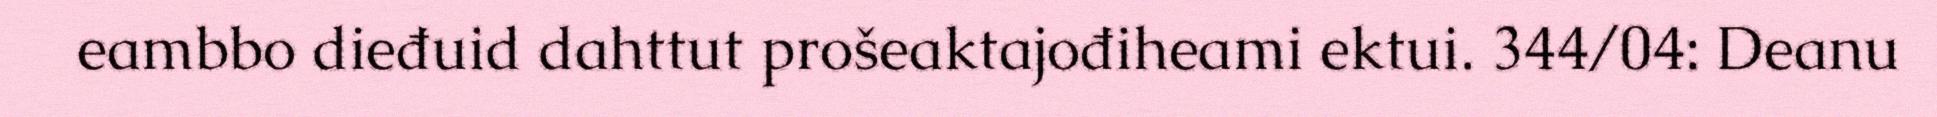
eambbo dieđuid dahttut prošeaktajođiheami ektui. 344/04: Deanu